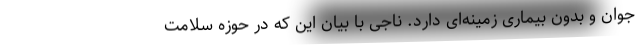
جوان و بدون بیماری زمینه‌ای دارد. ناجی با بیان این که در حوزه سلامت